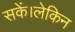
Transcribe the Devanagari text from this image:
सकें।लेकिन